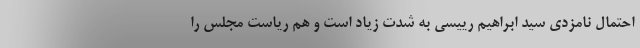
احتمال نامزدی سید ابراهیم رییسی به شدت زیاد است و هم ریاست مجلس را